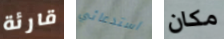
قارئة استدعائي مكان